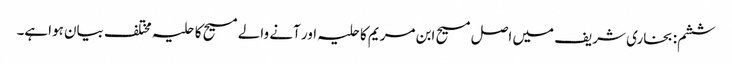
ششم: بخاری شریف میں اصل مسیح ابن مریم کاحلیہ اور آنے والے مسیح کا حلیہ مختلف بیان ہواہے۔